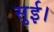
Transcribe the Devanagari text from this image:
सुई।